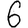
Digit: 6